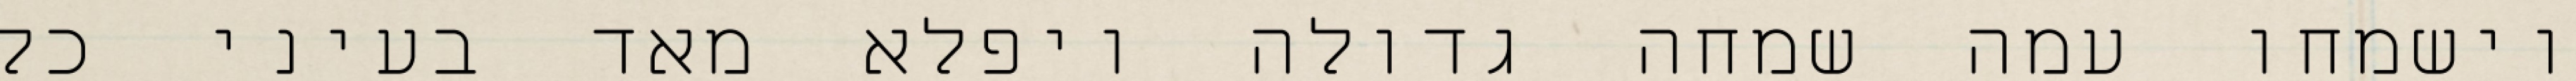
וישמחו עמה שמחה גדולה ויפלא מאד בעיני כל